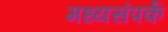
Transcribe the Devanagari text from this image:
मध्यसंपर्क